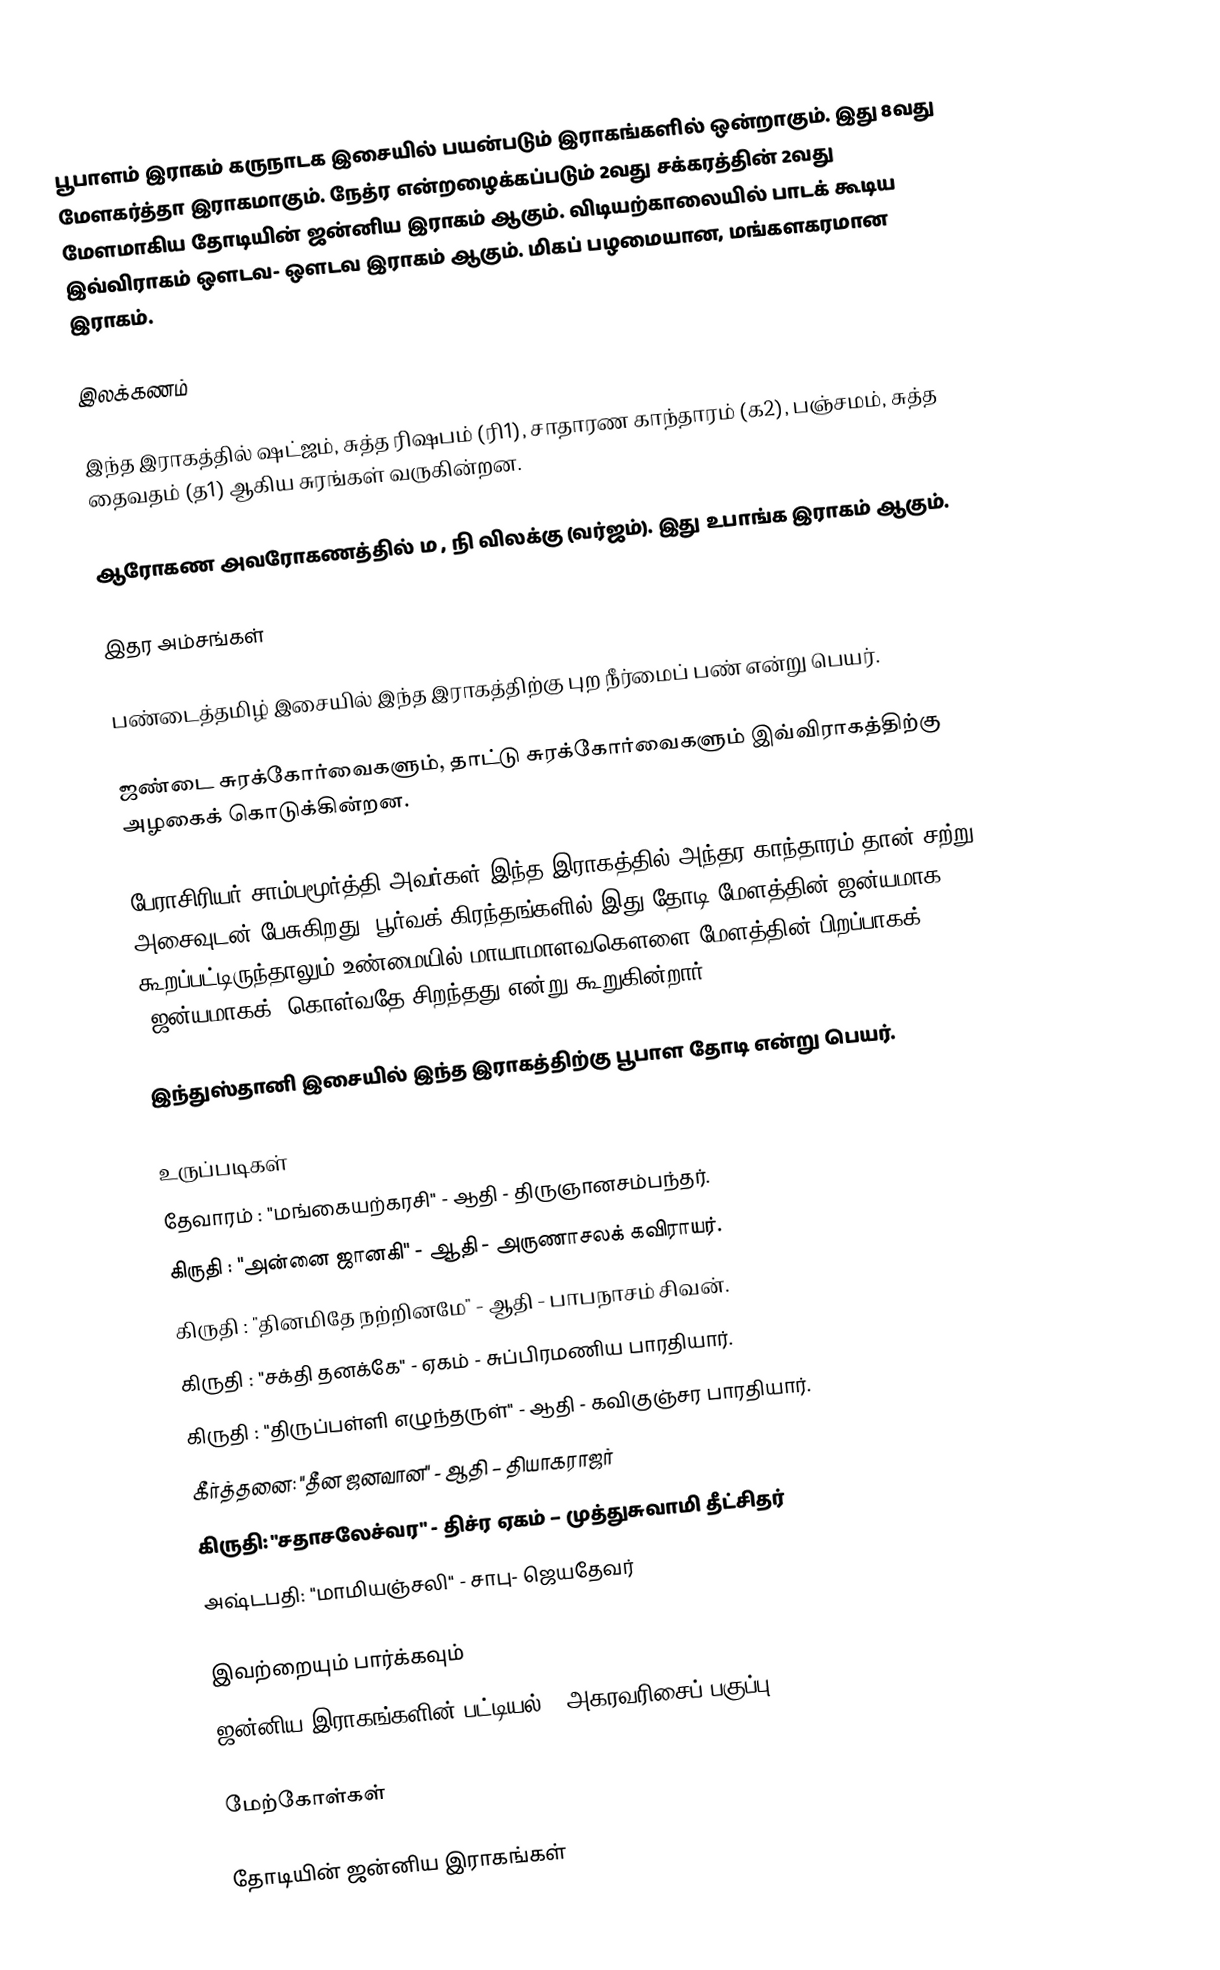
பூபாளம் இராகம் கருநாடக இசையில் பயன்படும் இராகங்களில் ஒன்றாகும். இது 8வது மேளகர்த்தா இராகமாகும். நேத்ர என்றழைக்கப்படும் 2வது சக்கரத்தின் 2வது மேளமாகிய தோடியின் ஜன்னிய இராகம் ஆகும். விடியற்காலையில் பாடக் கூடிய இவ்விராகம் ஔடவ- ஔடவ இராகம் ஆகும். மிகப் பழமையான, மங்களகரமான இராகம்.

இலக்கணம்

 இந்த இராகத்தில் ஷட்ஜம், சுத்த ரிஷபம் (ரி1), சாதாரண காந்தாரம் (க2), பஞ்சமம்,  சுத்த தைவதம் (த1)  ஆகிய சுரங்கள் வருகின்றன.

 ஆரோகண அவரோகணத்தில் ம , நி விலக்கு (வர்ஜம்). இது உபாங்க இராகம் ஆகும்.

இதர அம்சங்கள்

 பண்டைத்தமிழ் இசையில் இந்த இராகத்திற்கு புற நீர்மைப் பண் என்று பெயர்.

 ஜண்டை சுரக்கோர்வைகளும், தாட்டு சுரக்கோர்வைகளும் இவ்விராகத்திற்கு அழகைக் கொடுக்கின்றன.

 பேராசிரியர் சாம்பமூர்த்தி அவர்கள் இந்த இராகத்தில் அந்தர காந்தாரம் தான் சற்று அசைவுடன் பேசுகிறது, பூர்வக் கிரந்தங்களில் இது தோடி மேளத்தின் ஜன்யமாக கூறப்பட்டிருந்தாலும் உண்மையில் மாயாமாளவகௌளை மேளத்தின் பிறப்பாகக் (ஜன்யமாகக்) கொள்வதே சிறந்தது என்று கூறுகின்றார்.

 இந்துஸ்தானி இசையில் இந்த இராகத்திற்கு பூபாள தோடி என்று பெயர்.

உருப்படிகள்
 தேவாரம்	: "மங்கையற்கரசி"		- ஆதி		- திருஞானசம்பந்தர்.
 கிருதி	: "அன்னை ஜானகி"		- ஆதி		- அருணாசலக் கவிராயர்.
 கிருதி	: "தினமிதே நற்றினமே"	- ஆதி		- பாபநாசம் சிவன்.
 கிருதி	: "சக்தி தனக்கே"		- ஏகம்		- சுப்பிரமணிய பாரதியார்.
 கிருதி	: "திருப்பள்ளி எழுந்தருள்" - ஆதி		- கவிகுஞ்சர பாரதியார்.
 கீர்த்தனை: "தீன ஜனவான" - ஆதி – தியாகராஜர்
 கிருதி: "சதாசலேச்வர" - திச்ர ஏகம் – முத்துசுவாமி தீட்சிதர்
 அஷ்டபதி: "மாமியஞ்சலி" - சாபு- ஜெயதேவர்

இவற்றையும் பார்க்கவும்
 ஜன்னிய இராகங்களின் பட்டியல் - அகரவரிசைப் பகுப்பு

மேற்கோள்கள்

தோடியின் ஜன்னிய இராகங்கள்